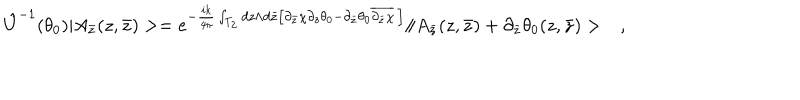
\hat { U } ^ { - 1 } ( \theta _ { 0 } ) | A _ { \bar { z } } ( z , \bar { z } ) > = e ^ { - \frac { i k } { 4 \pi } \int _ { T _ { 2 } } d z \wedge d \bar { z } \left[ \partial _ { \bar { z } } \chi \partial _ { z } \theta _ { 0 } - \partial _ { \bar { z } } \theta _ { 0 } \overline { { { \partial _ { \bar { z } } \chi } } } \, \right] } \| A _ { \bar { z } } ( z , \bar { z } ) + \partial _ { \bar { z } } \theta _ { 0 } ( z , \bar { z } ) > \ \ \ ,